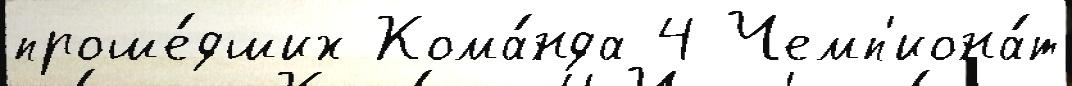
проше́дших Кома́нда 4 Чемп'иона́т